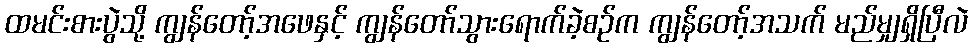
ထမင်းစားပွဲသို့ ကျွန်တော့်အဖေနှင့် ကျွန်တော်သွားရောက်ခဲ့စဉ်က ကျွန်တော့်အသက် မည်မျှရှိပြီလဲ